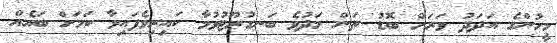
މީހުންގެ އަދަދު ވަރަށް ބޮޑު ތަން މަދުވެ ބަނގުރޫޓުވުމާ ކައިރިވެފައިވާ ކަމަށް ބައެއް